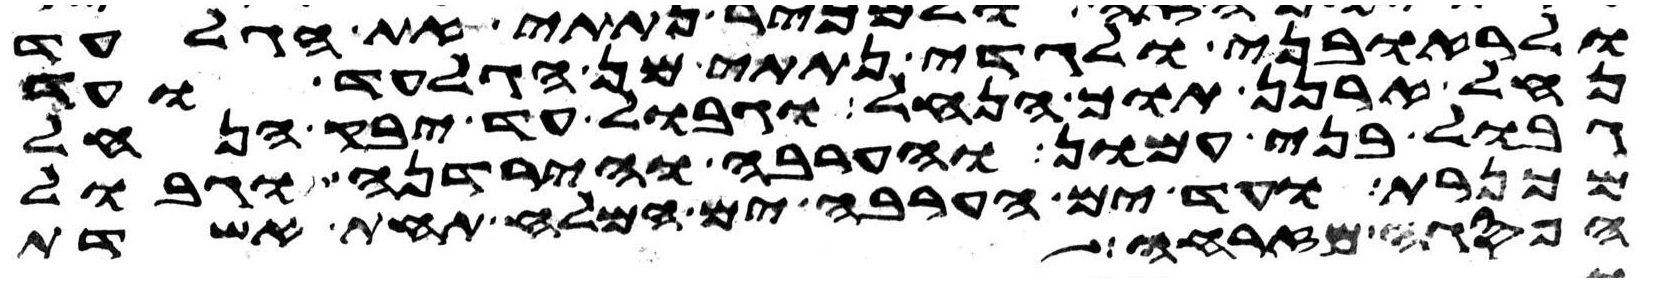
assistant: ולראובני ולגדי נתתי מן הגלעד ועד
נחל ארנן תוך הנחל וגבול עד יבק הנחל
גבול בני עמון והערבה והירדנה וגבול
מכנרת ועד ים הערבה ים המלח תחת אשדות
הפסגה מזרחה